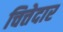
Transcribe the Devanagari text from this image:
चित्तेदार